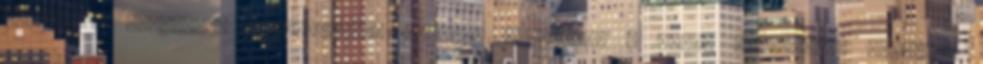
felületei tökéletes felhasználói élményt nyújtanak a mobil eszközökön böngészõ